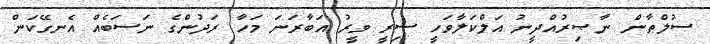
ސުލްޠާން ނާޞިރުއްދީނު އަލްކަލާވަހީ ސިރީ ވީރު އަބާރަނަ މަހާ ރަދުންގެ ނަސަބެއް އެނގޭކަން